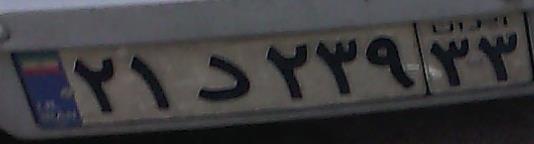
۲۱د۲۳۹۳۳